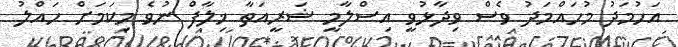
އަހުމަދު މުހައްމަދު ވެސް ވިދާޅުވީ އިސްލާމީ ޝަރީއަތާ ޚިލާފް ނުވެ މިކަމަށް ހައްލު